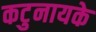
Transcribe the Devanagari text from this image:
कटुनायके